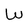
Character: W